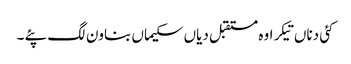
کئی دناں تیکر اوہ مستقبل دیاں سکیماں بناون لگ پئے ۔